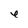
Character: e